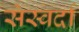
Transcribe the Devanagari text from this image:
सेस्वर्दा